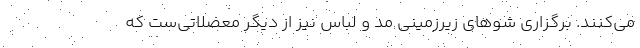
می‌کنند. برگزاری شوهای زیرزمینی مد و لباس نیز از دیگر معضلاتی‌ست که